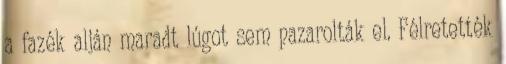
a fazék alján maradt lúgot sem pazarolták el. Félretették